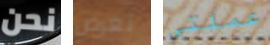
نحن تعرض عملتي